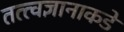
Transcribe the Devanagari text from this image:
तत्त्वज्ञानाकडे